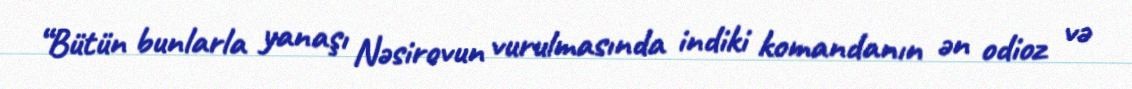
“Bütün bunlarla yanaşı Nəsirovun vurulmasında indiki komandanın ən odioz və